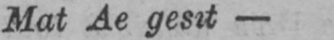
Mat Ae gesit-